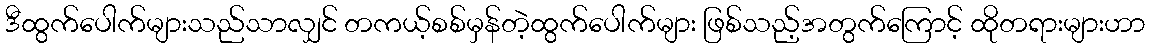
ဒီထွက်ပေါက်များသည်သာလျှင် တကယ့်စစ်မှန်တဲ့ထွက်ပေါက်များ ဖြစ်သည့်အတွက်ကြောင့် ထိုတရားများဟာ